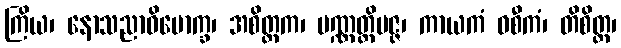
ကြိယ၊ နောသညာဝိမောက္ခ၊ အစိတ္တက၊ ပဏ္ဏတ္တိပဇ္ဇ၊ ကာယကံ ဝစီကံ၊ တိစိတ္တ၊